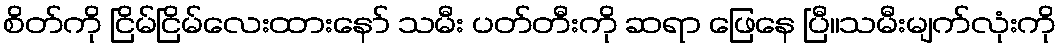
စိတ်ကို ငြိမ်ငြိမ်လေးထားနော် သမီး ပတ်တီးကို ဆရာ ဖြေနေ ပြီ။သမီးမျက်လုံးကို